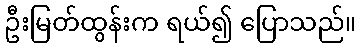
ဦးမြတ်ထွန်းက ရယ်၍ ပြောသည်။